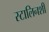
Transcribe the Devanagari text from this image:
स्टालिनशी